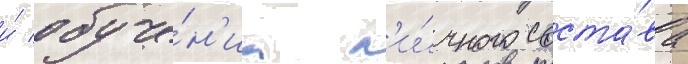
и́ обуче́н'иа л'и́чного соста́ва